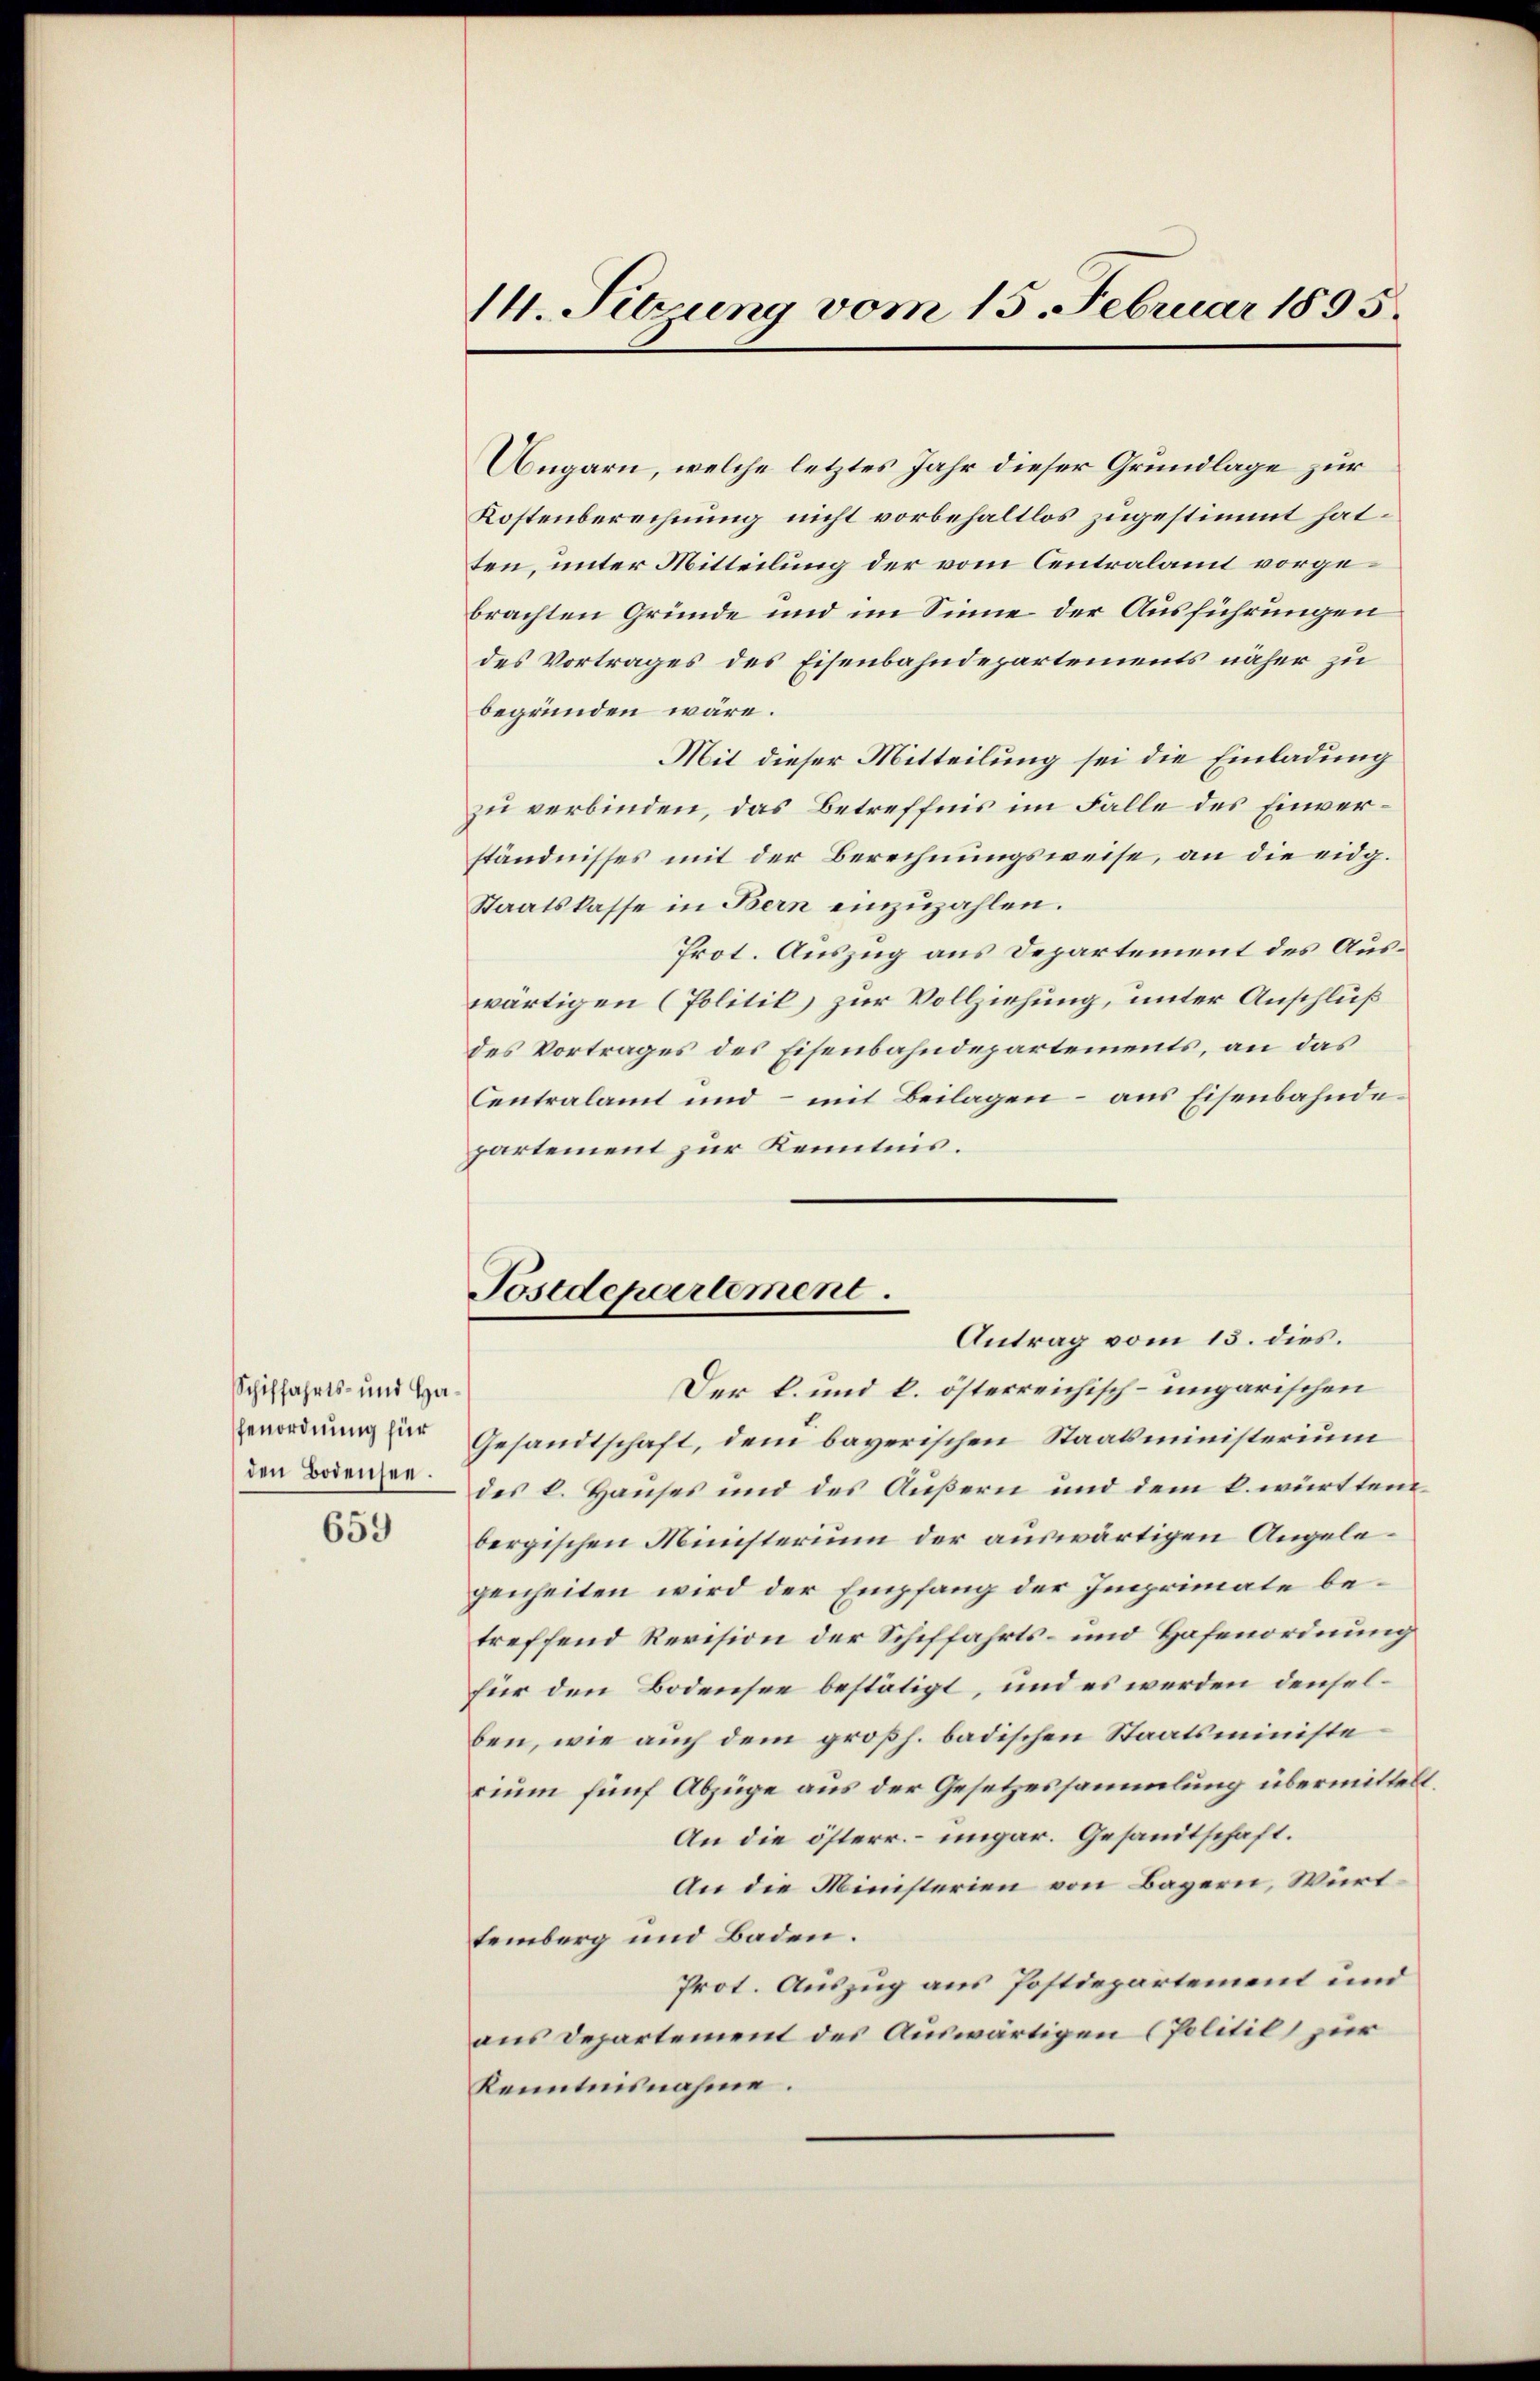
Schiffahrts- und Hafenordnung für
den Bodensee.

659

Angarn, welche letztes Jahr dieser Grundlage zur
Kostenberechnung nicht vorbehaltlos zugestimmt hat.
ten, unter Mitteilung der vom Centralamt vorgebrachten Gründe und im Sinne der Ausführungen
des Vortrages des Eisenbahndepartements näher zu
begründen wäre.
Mit dieser Mitteilung sei die Einladung
zu verbinden, das Betreffnis im Falle des Einverständnisses mit der Berechnungsweise, an die eidg.
Staatskasse in Bern einzuzahlen.
Prot. Auszug aus Departement des Auswärtigen (Politik zur Vollziehung, unter Anschluß
des Vortrages des Eisenbahndepartements, an das
Centralamt und - mit Beilagen - aus Eisenbahndepartement zur Kenntnis.

14. Sitzung vom 15. Februar 1895.

Postdepartement.
Antrag vom 13. dies.

Der k. und k. österreichisch-ungarischen
Gesandtschaft, dem bayerischen Staatsministerium
des k. Hauses und des Äußern und dem k. württembergischen Münsterium der auswärtigen Angelegenheiten wird der Empfang der Imprimate betreffend Revision der Schiffahrts- und Hafenordnung
für den Bodensee bestätigt, und es werden denselben, wie auch dem großh. badischen Staatsministe
cium fünf Abzüge aus der Gesetzessammlung übermittelt.
An die österr. – ungar. Gesandtschaft.
An die Ministerien von Bayern, Württemberg und Baden.
Prot. Auszug aus Postdepartement und
aus Departement des Auswärtigen (Politil zur
Kenntnisnahme.